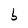
Character: b